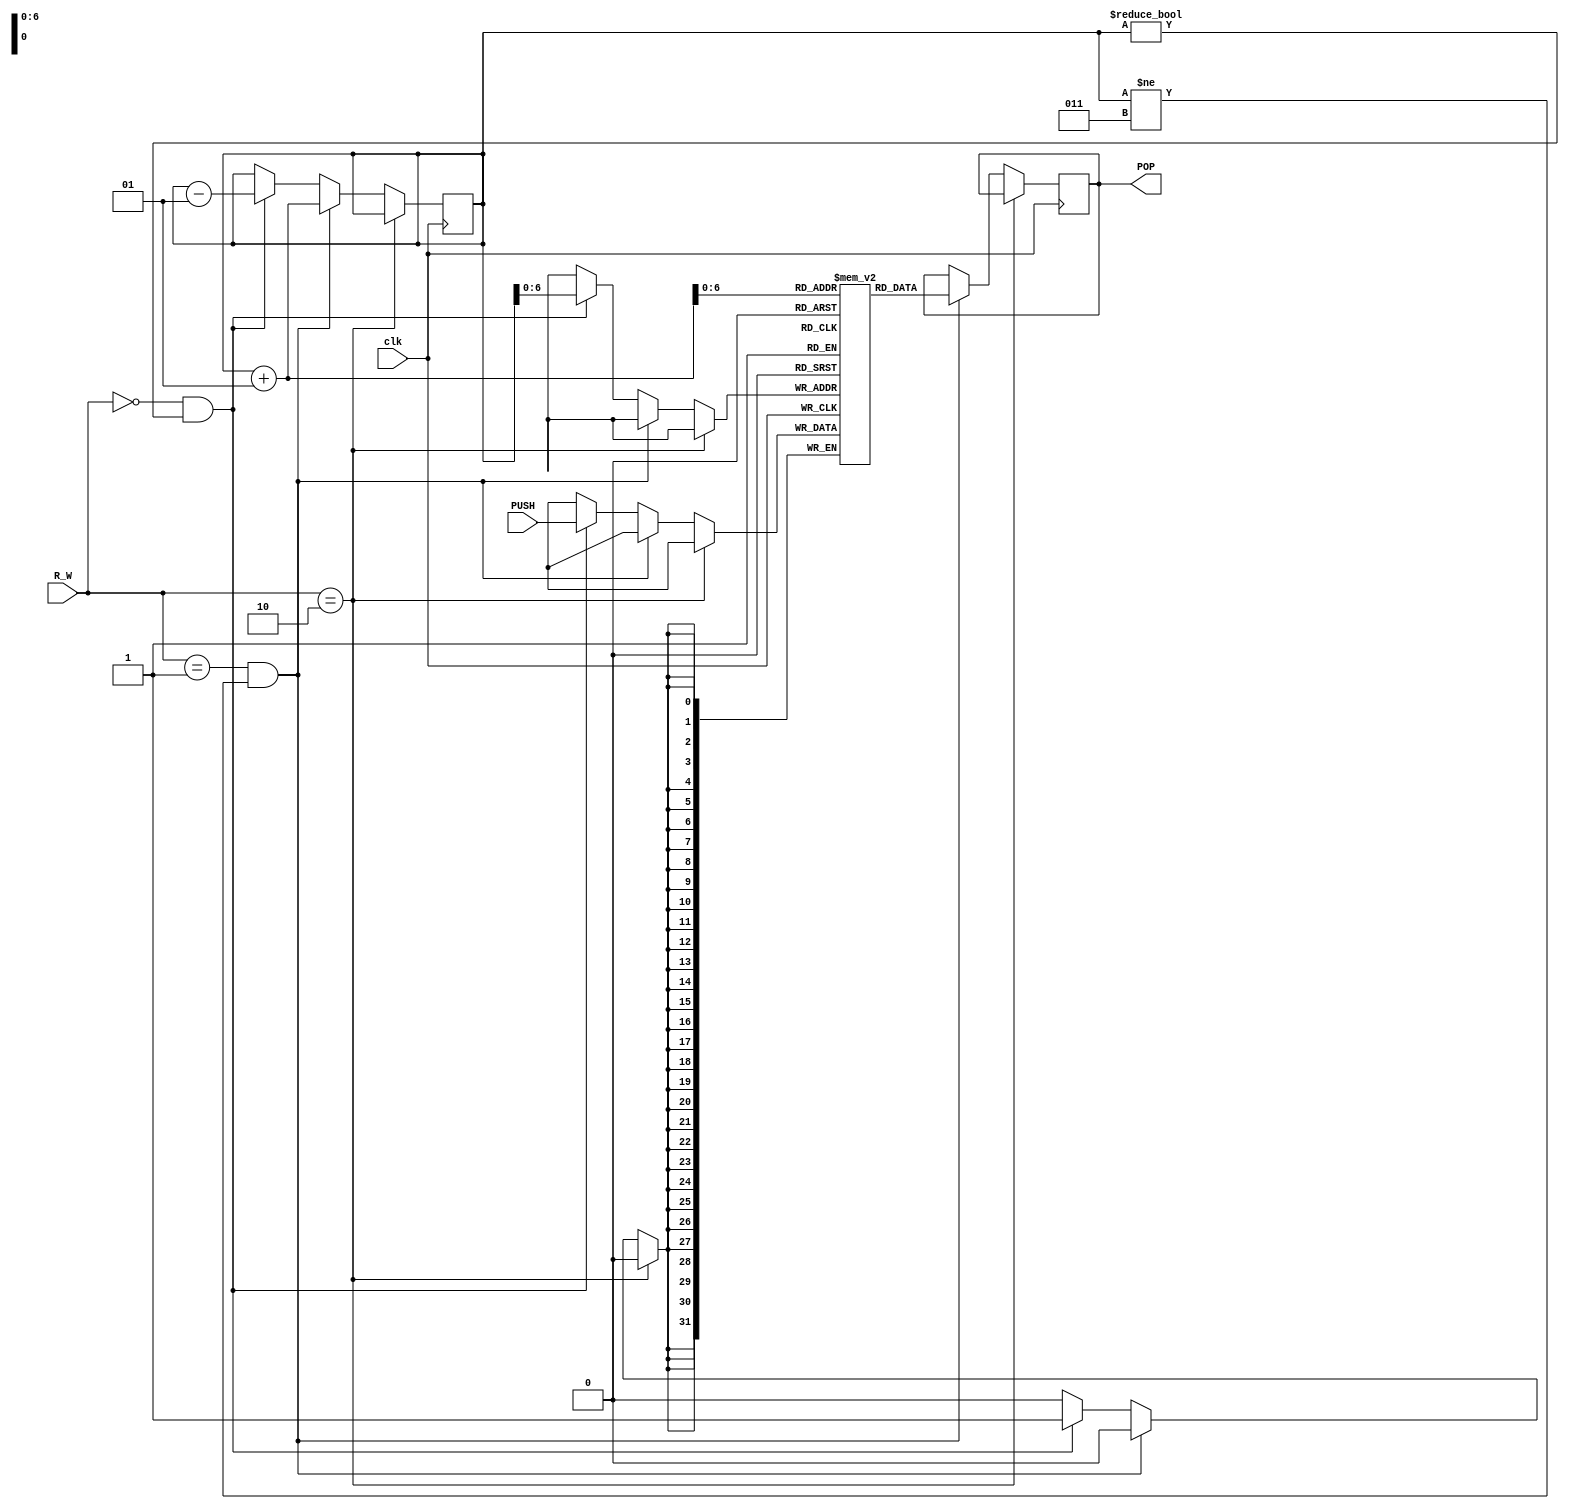
`timescale 1ns/1ns

module Stack(input clk , input[1:0] R_W , input[31:0] PUSH , output reg[31:0] POP);
  
  reg [31:0] temp[0:99];
  integer tos = 3;

  always @ (posedge clk) begin
    if(R_W == 2) begin // Nothing
      // Do nothing
    end
    else if(R_W == 1 && tos != 3) begin // pop
      tos = tos + 1;
      POP = temp[tos];
    end
    else if(R_W == 0 && tos != 0) begin // push
      temp[tos] = PUSH; 
      tos = tos - 1;
    end
  end
  
endmodule